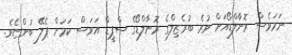
ނަމަވެސް ރޮނާލްޑޯއަށް ވުރެ ބުރެޒިލްގެ ރޮނާލްޑޯގެ ސްޕީޑް އަވަސް ކަމަށް ޕެލޭ ބުންޏެވެ.